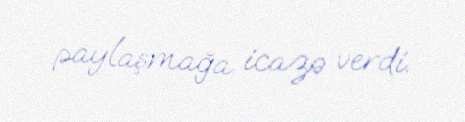
paylaşmağa icazə verdi.